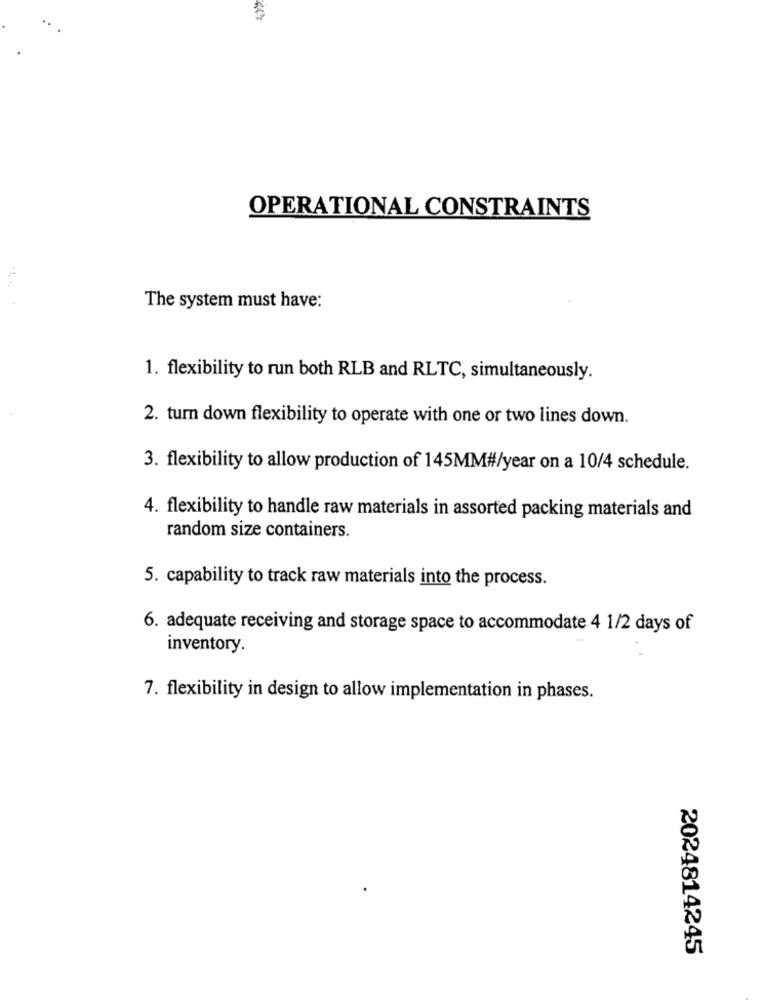
KA'S
OPERATIONAL CONSTRAINTS
The system must have:
1. flexibility to run both RLB and RLTC, simultaneously.
2. turn down flexibility to operate with one or two lines down.
3. flexibility to allow production of 145MM#/year on a 10/4 schedule.
4. flexibility to handle raw materials in assorted packing materials and
random size containers.
5. capability to track raw materials into the process.
6. adequate receiving and storage space to accommodate 4 1/2 days of
inventory.
7. flexibility in design to allow implementation in phases.
2024814245